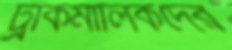
ট্রাকমালিকদের